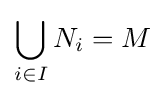
\bigcup _{i\in I}N_{i}=M